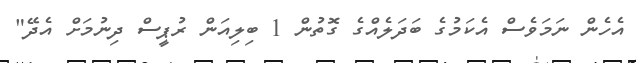
އެހެން ނަމަވެސް އެކަމުގެ ބަދަލެއްގެ ގޮތުން 1 ބިލިއަން ރުޕީސް ދިނުމަށް އެދޭ"